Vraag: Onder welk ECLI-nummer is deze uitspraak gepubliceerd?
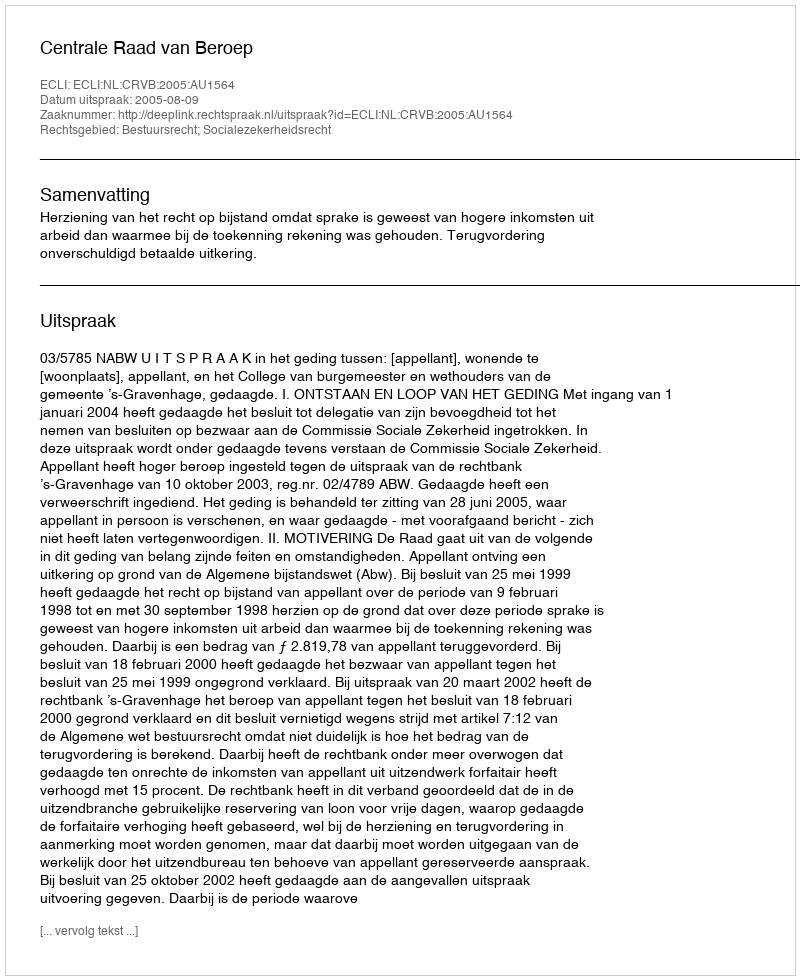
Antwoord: ECLI:NL:CRVB:2005:AU1564